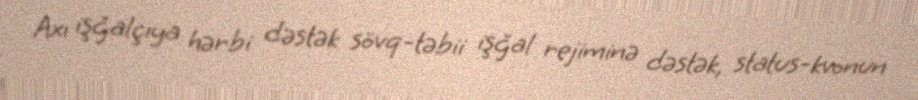
Axı işğalçıya hərbi dəstək sövq-təbii işğal rejiminə dəstək, status-kvonun